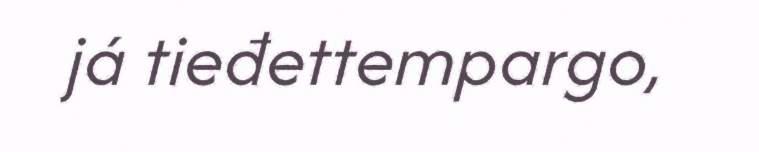
já tieđettempargo,